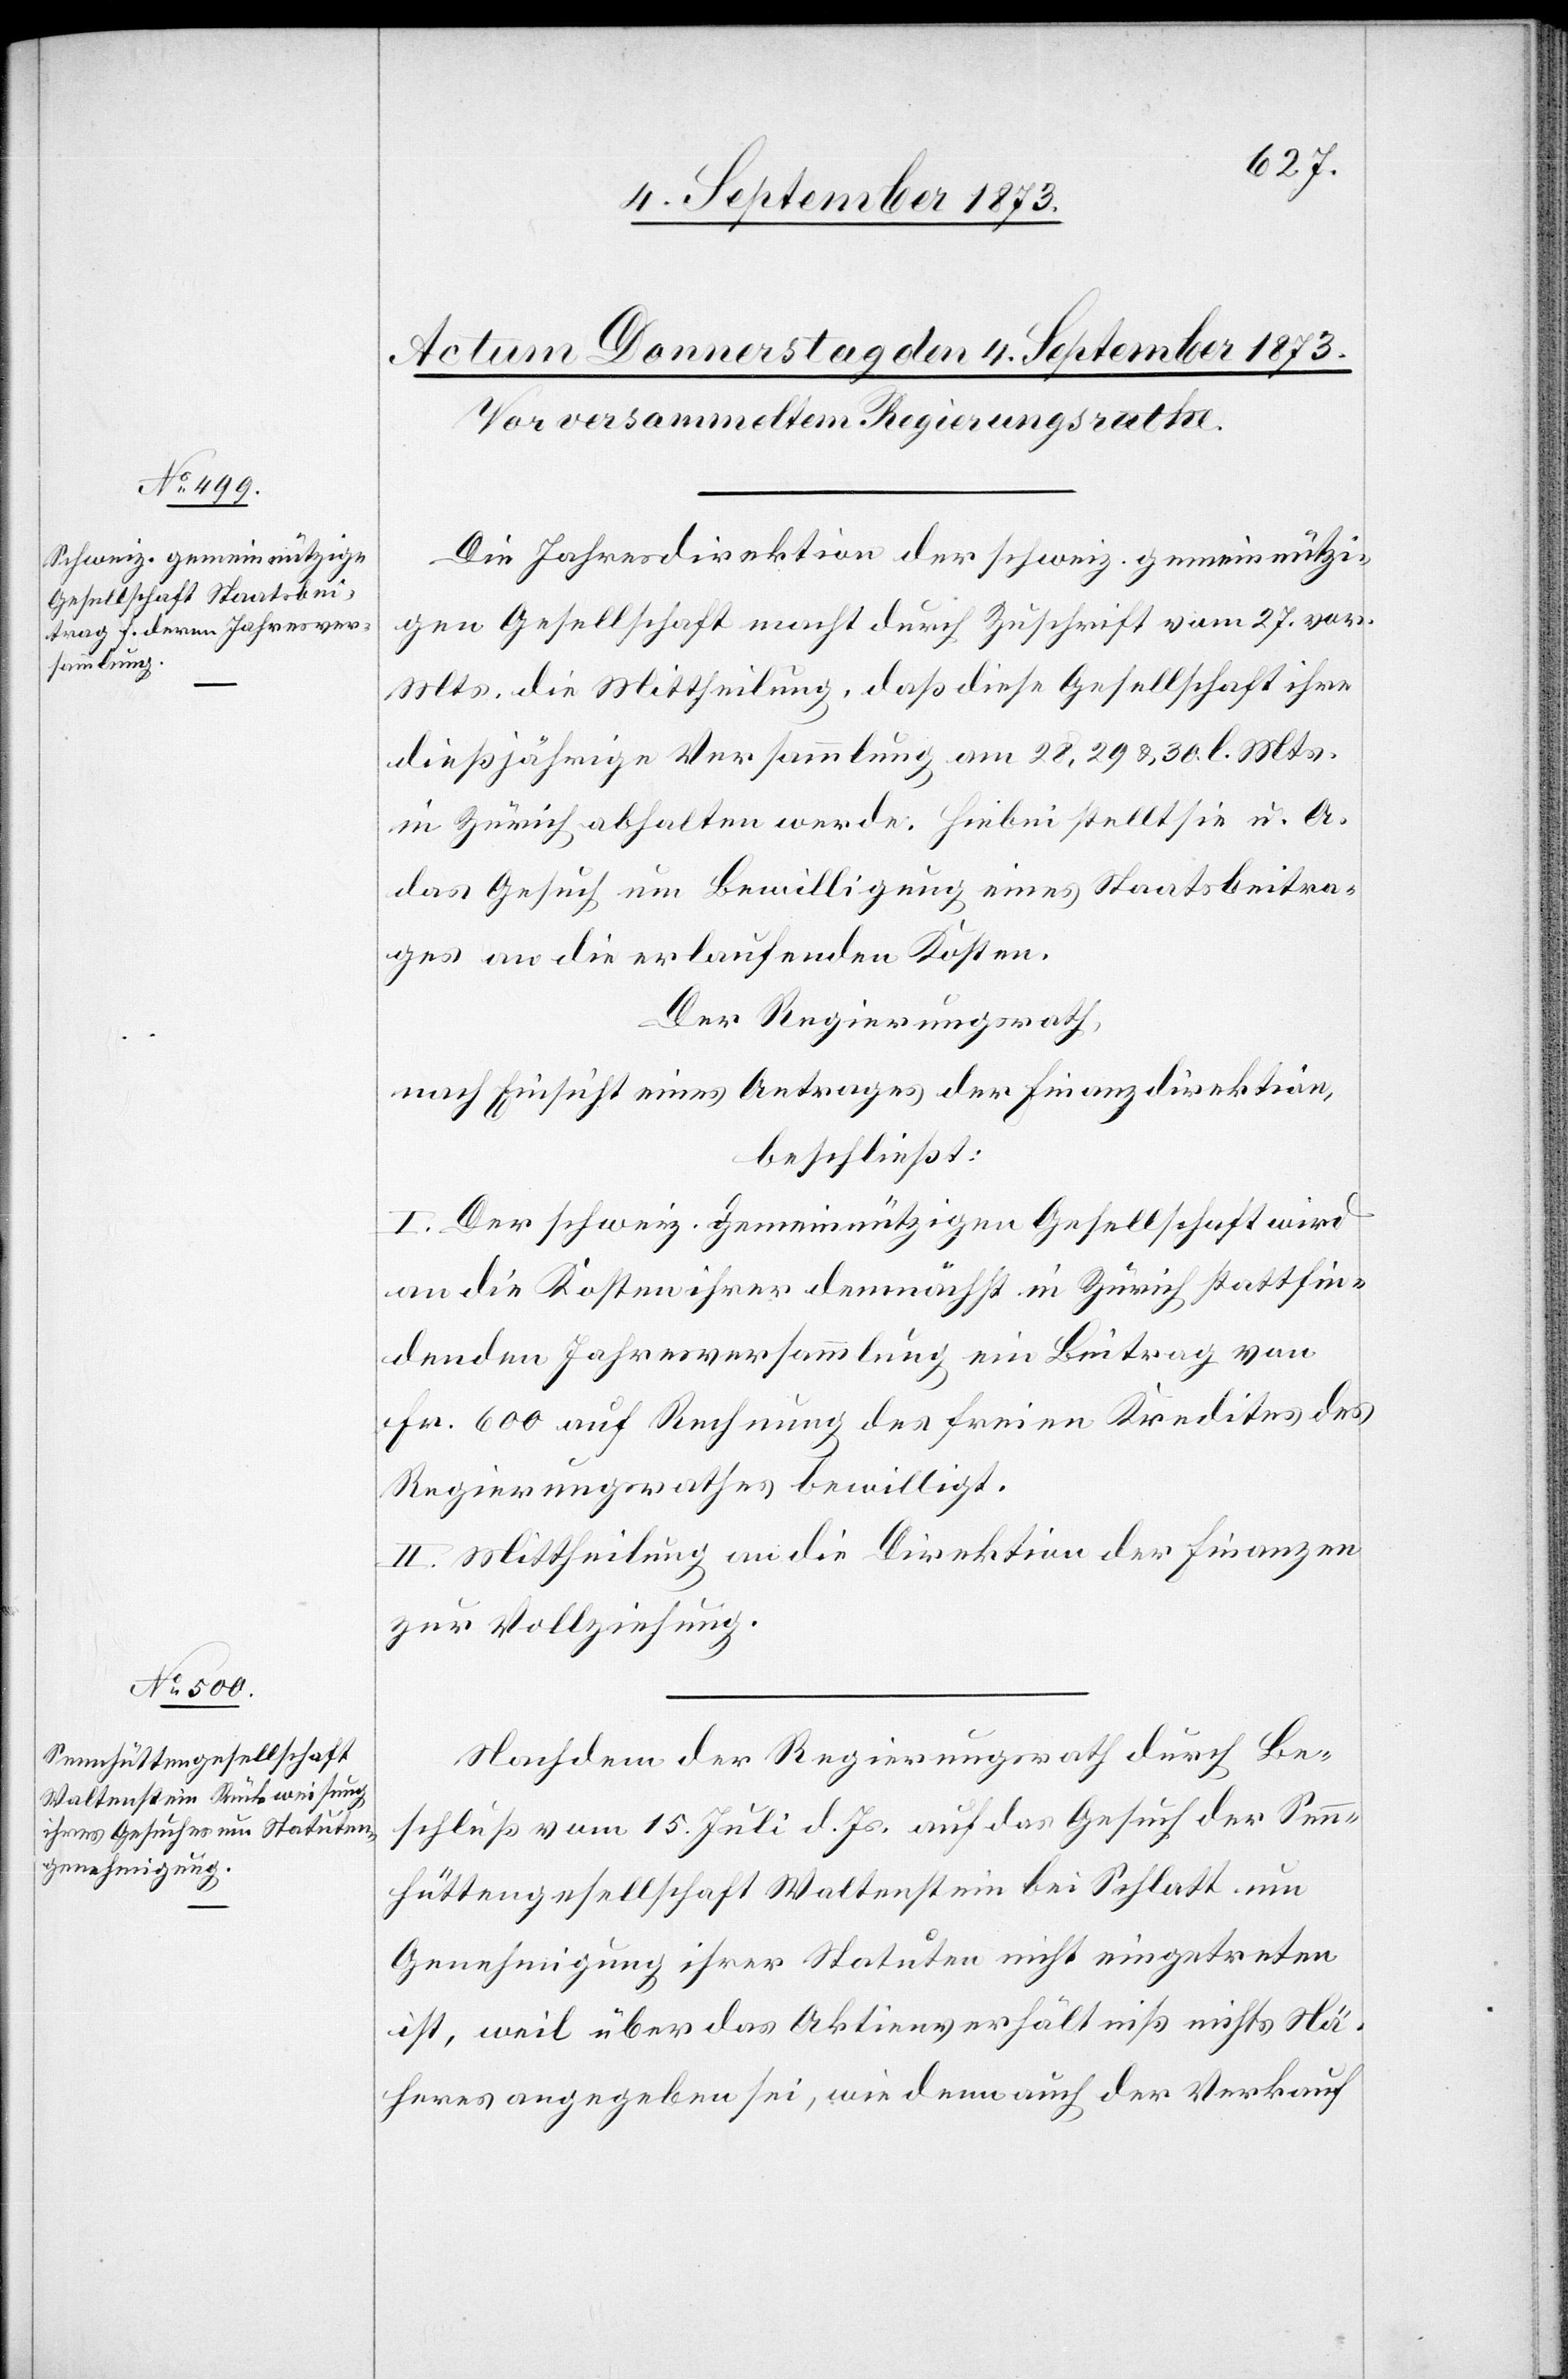
Die Jahresdirektion der schweiz. gemeinnützi¬
gen Gesellschaft macht durch Zuschrift vom 27. vor.
Mts. die Mittheilung, daß diese Gesellschaft ihre
dießjährige Versammlung am 28, 29 & 30. l. Mts.
in Zürich abhalten werde. Hiebei stellt sie u. A.
das Gesuch um Bewilligung eines Staatsbeitra¬
ges an die erlaufenden Kosten.
Der Regierungsrath,
nach Einsicht eines Antrages der Finanzdirektion,
beschließt:
I. Der schweiz. gemeinnützigen Gesellschaft wird
an die Kosten ihrer demnächst in Zürich stattfin¬
denden Jahresversammlung ein Beitrag von
Fr. 600 auf Rechnung des freien Kredites des
Regierungsrathes bewilligt.
II. Mittheilung an die Direktion der Finanzen
zur Vollziehung.
Nachdem der Regierungsrath durch Be¬
schluß vom 15. Juli d. Js. auf das Gesuch der Sen¬
nhüttengesellschaft Waltenstein bei Schlatt um
Genehmigung ihrer Statuten nicht eingetreten
ist, weil über das Aktienverhältniß nichts Nä¬
heres angegeben sei, wie denn auch der Verkauf